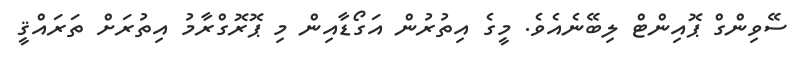
ސޭވިންގް ޕޮއިންޓް ލިބޭނެއެވެ. މީގެ އިތުރުން އަގޯޑާއިން މި ޕޮރޮގްރާމު އިތުރަށް ތަރައްޤީ